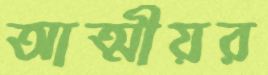
আত্মীয়র